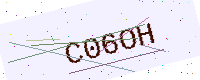
Text: C06OH